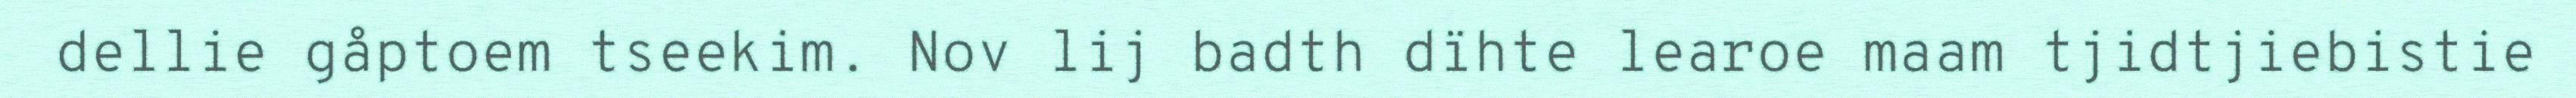
dellie gåptoem tseekim. Nov lij badth dïhte learoe maam tjidtjiebistie